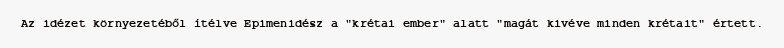
Az idézet környezetéből ítélve Epimenidész a "krétai ember" alatt "magát kivéve minden krétait" értett.